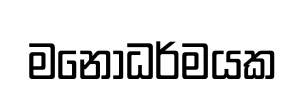
මනෝධර්මයක